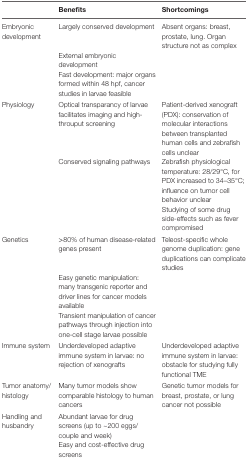
<table><thead><tr><td></td><td><b>Benefits</b></td><td><b>Shortcomings</b></td></tr></thead><tbody><tr><td rowspan="3">Embryonic development</td><td>Largely conserved development</td><td>Absent organs: breast, prostate, lung. Organ structure not as complex</td></tr><tr><td>External embryonic development</td><td></td></tr><tr><td>Fast development: major organs formed within 48 hpf, cancer studies in larvae feasible</td><td></td></tr><tr><td rowspan="3">Physiology</td><td>Optical transparancy of larvae facilitates imaging and high-throuput screening</td><td>Patient-derived xenograft (PDX): conservation of molecular interactions between transplanted human cells and zebrafish cells unclear</td></tr><tr><td>Conserved signaling pathways</td><td>Zebrafish physiological temperature: 28/29°C, for PDX increased to 34–35°C; influence on tumor cell behavior unclear</td></tr><tr><td></td><td>Studying of some drug side-effects such as fever compromised</td></tr><tr><td rowspan="3">Genetics</td><td>&gt;80% of human disease-related genes present</td><td>Teleost-specific whole genome duplication: gene duplications can complicate studies</td></tr><tr><td>Easy genetic manipulation: many transgenic reporter and driver lines for cancer models available</td><td></td></tr><tr><td>Transient manipulation of cancer pathways through injection into one-cell stage larvae possible</td><td></td></tr><tr><td>Immune system</td><td>Underdeveloped adaptive immune system in larvae: no rejection of xenografts</td><td>Underdeveloped adaptive immune system in larvae: obstacle for studying fully functional TME</td></tr><tr><td>Tumor anatomy/histology</td><td>Many tumor models show comparable histology to human cancers</td><td>Genetic tumor models for breast, prostate, or lung cancer not possible</td></tr><tr><td rowspan="2">Handling and husbandry</td><td>Abundant larvae for drug screens (up to ~200 eggs/couple and week)</td><td></td></tr><tr><td>Easy and cost-effective drug screens</td><td></td></tr></tbody></table>